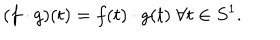
LaTeX: ( f \cdot g ) ( t ) = f ( t ) \cdot g ( t ) \; \forall t \in S ^ { 1 } .